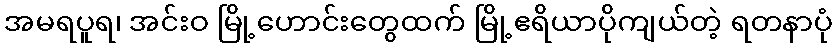
အမရပူရ၊ အင်းဝ မြို့ဟောင်းတွေထက် မြို့ဧရိယာပိုကျယ်တဲ့ ရတနာပုံ